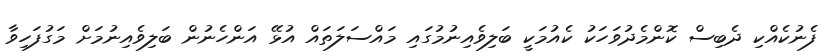
ފެނުކެއްކި ދެބިސް ކޮންމެދުވަހަކު ކެއުމަކީ ބަލިވެއިނުމުގައި މައްސަލަތައް އުޅޭ އަންހެނުން ބަލިވެއިނުމަށް މަގުފަހިވާ